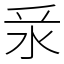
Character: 𣲛